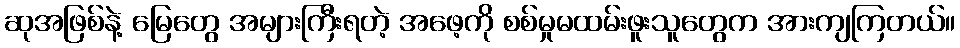
ဆုအဖြစ်နဲ့ မြေတွေ အများကြီးရတဲ့ အဖေ့ကို စစ်မှုမထမ်းဖူးသူတွေက အားကျကြတယ်။